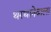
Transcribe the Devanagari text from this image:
थरथानेवाला